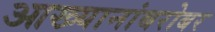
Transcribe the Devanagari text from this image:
आख्यानांबरोबर